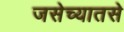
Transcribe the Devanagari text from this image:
जसेच्यातसे